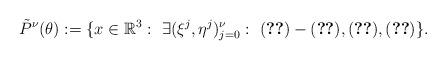
LaTeX: \begin{align*}\tilde P^\nu (\theta):=\{ x\in\mathbb{R}^3: \ \exists (\xi^j,\eta^j)_{j=0}^\nu: \ \eqref{eq:step0x1}-\eqref{eq:step0x2}, \eqref{eq:stepx3}, \eqref{eq:outerReform} \}.\end{align*}